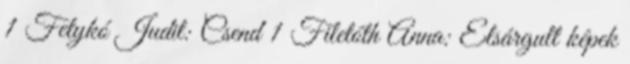
1 Fetykó Judit: Csend 1 Filetóth Anna: Elsárgult képek